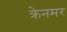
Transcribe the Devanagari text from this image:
क्रेनमर